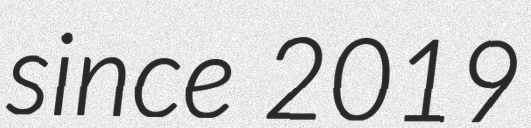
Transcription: since 2019